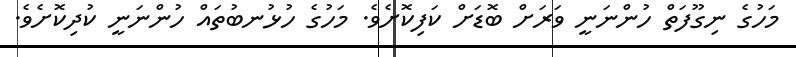
މަހުގެ ނިގޫފަތް ހުންނަނީ ވަރަށް ބޮޑަށް ކަފިކޮށެވެ. މަހުގެ ހުޅުނބުތައް ހުންނަނީ ކުދިކޮށެވެ.